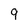
Character: 9